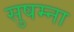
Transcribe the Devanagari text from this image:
सुषम्ना